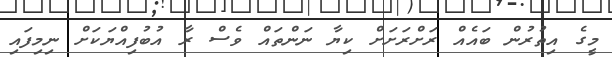
މީގެ އިތުރުން ބައެއް ރަށްރަށަށް ކިޔާ ނަންތައް ވެސް ރާ އުބުފިއްޔަކަށް ނިމިފައި